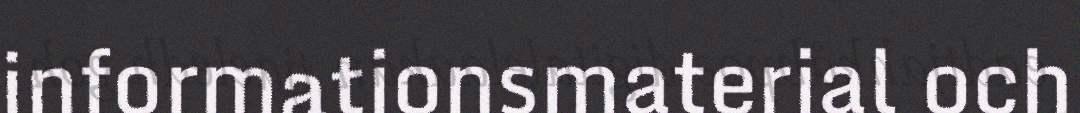
informationsmaterial och